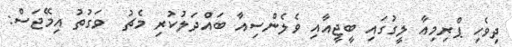
ދިވެހި ޕްރިމިއާ ލީގުގައި ބީޖީއާއި ވެލެންސިއާ ބައްދަލުކުރި މެޗު  ވަގުތު އިމޭޖަސް: